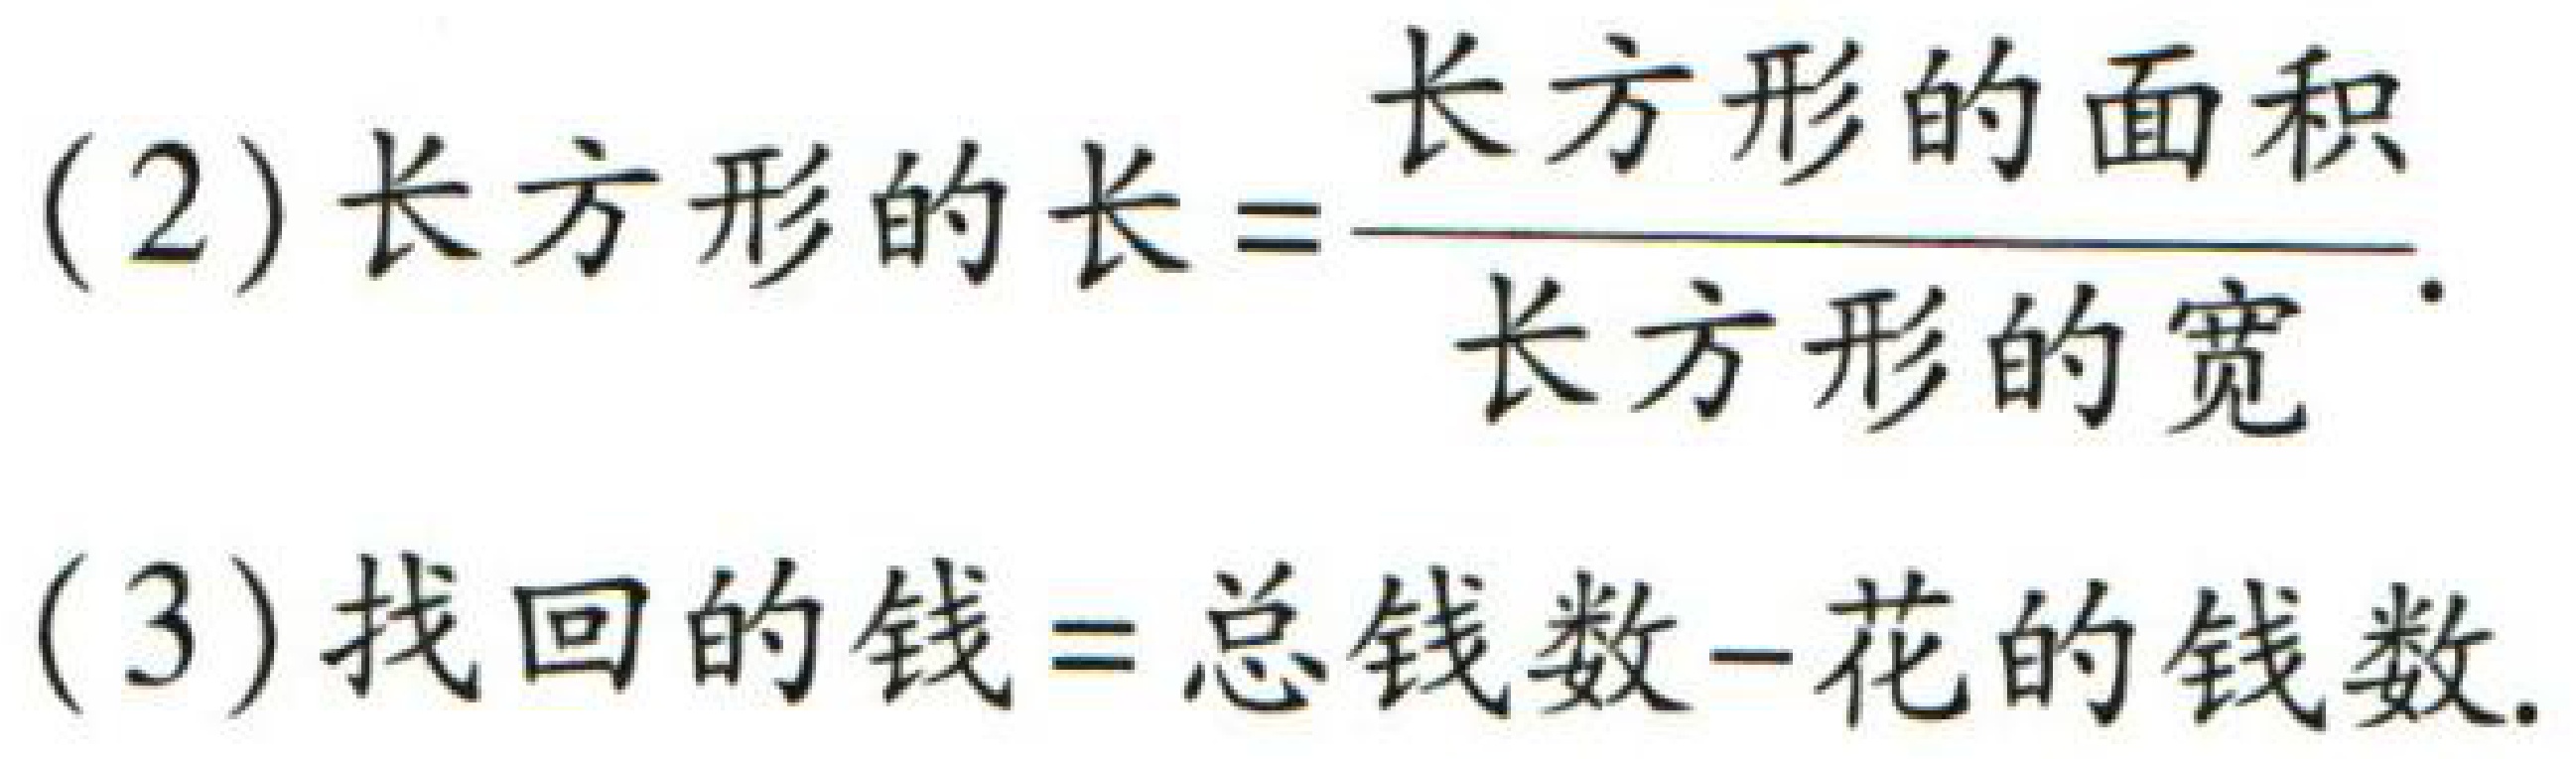
(2) \(长方形的长=\frac{长方形的面积}{长方形的宽}\)

(3) \(找回的钱=总钱数 - 花的钱数\)